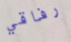
رفاقي